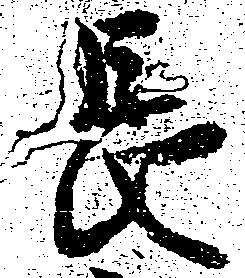
長